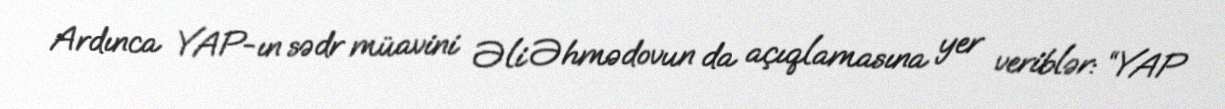
Ardınca YAP-ın sədr müavini Əli Əhmədovun da açıqlamasına yer veriblər: “YAP